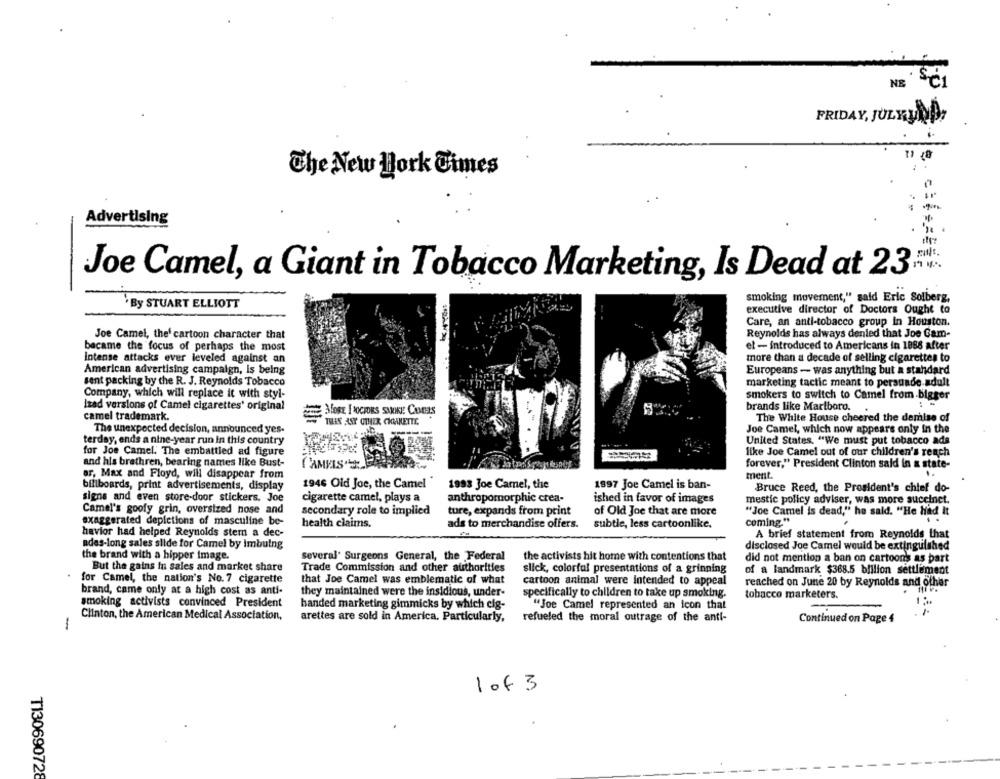
NE
FRIDAY, JULYUND,
The New York Times
Advertising
Joe Camel, a Giant in Tobacco Marketing, Is Dead at 23
· By STUART ELLIOTT
smoking movement," said Eric Solberg,
executive director of Doctors Ought to
Care, an anti-tobacco group in Houston.
Joe Camel, the' cartoon character that
Reynolds has always denied that Joe Cam-
became the focus of perhaps the most
el - introduced to Americans in 1888 after
intense attacks ever leveled against an
more than a decade of selling cigarettes to
American advertising campaign, is being
Europeans - was anything but a standard
sent packing by the R. J. Reynolds Tobacco
marketing tactic meant to persuade adult
Company, which will replace it with styl-
smokers to switch to Camel from bigger
Izad versions of Camel cigarettes' original
brands like Marlboro.
camel trademark.
THIS BOY OTHER CIGARETTE
The White House cheered the demise of
Joe Camel, which now appears only in the
The unexpected decision, announced yes-
terday, ends a nine-year run in this country
United States. "We must put tobacco ada
for Joe Camel. The embattled ad figure
like Joe Camel out of our children's reach
and his brethren, bearing names like Bust-
FAMMIS.
forever," President Clinton said in a state-
ar, Max and Floyd, will disappear from
ment.
1946 Old Joe, the Camel
1997 Joe Camel is ban-
billboards, print advertisements, display
1993 Joe Camel, the
Bruce Reed, the President's chief do-
signs and even store-door stickers. Joe
cigarette camel, plays a
anthropomorphic crea-
ished in favor of images
mestic policy adviser, was more succinct.
Camel's goofy grin, oversized nose and
secondary role to implied
ture, expands from print
of Old Joe that are more
"Joe Camel is dead," he said. "He Had It
exaggerated depictions of masculine be-
health claims.
ads to merchandise offers.
subtle, less cartoonlike,
coming."
havior had helped Reynolds stem a dec-
A brief statement from Reynolds that
ades-long sales silde for Camel by imbuing
disclosed Joe Camel would be extinguished
the brand with a hipper image.
several' Surgeons General, the Federal
the activists hit home with contentions that
did not mention a ban on cartoons as part
But the gains in sales and market share
Trade Commission and other authorities
slick, colorful presentations of a grinning
of a landmark $368.5 billion settlement
for Camel, the nation's No. 7 cigarette
that Joe Camel was emblematic of what
cartoon animal were intended to appeal
reached on June 20 by Reynolds and other
brand, came only at a high cost as anti-
they maintained were the insidious, under-
specifically to children to take up smoking.
tobacco marketers.
smoking activists convinced President
handed marketing gimmicks by which cig-
"Joe Camel represented an icon that
Clinton, the American Medical Association,
arettes are sold in America. Particularly,
refueled the moral outrage of the anti-
Continued on Page 4
-
1 of 3
T130690728